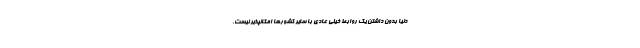
دنیا بدون داشتن یک روابط خیلی عادی با سایر کشورها امکانپذیر نیست.